Language: tamil
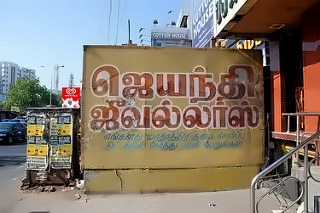
Transcription: ஜெயந்தி ஜீவல்லா்ஸ்